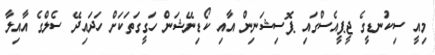
މިއީ ސިކުނޑީގެ ޖީޕީއެސްގައި ޕޮސިޝަނިން އާއި ކޯޑިނޭޝަން ހަގީގަތަކަށް ހަދައިދޭ ސެލްގެ އާއިލާ